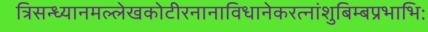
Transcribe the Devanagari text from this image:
त्रिसन्ध्यानमल्लेखकोटीरनानाविधानेकरत्नांशुबिम्बप्रभाभिः